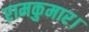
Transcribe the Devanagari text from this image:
रामकुमार।